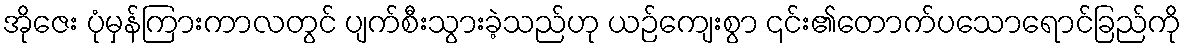
အိုဇေး ပုံမှန်ကြားကာလတွင် ပျက်စီးသွားခဲ့သည်ဟု ယဉ်ကျေးစွာ ၎င်း၏တောက်ပသောရောင်ခြည်ကို